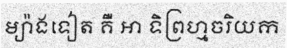
ម្យ៉ាងទៀត គឺ ឤ ទិព្រហ្មចរិយក